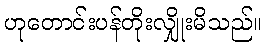
ဟုတောင်းပန်တိုးလျှိုးမိသည်။